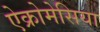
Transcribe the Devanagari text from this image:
ऐक्रोमेसिया